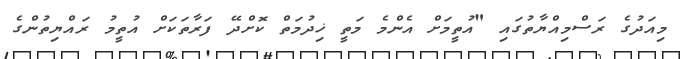
މިއަދުގެ ރަސްމިއްޔާތުގައި "އުތީމަށް އެންމެ މަތީ ޚިދުމަތް ކޮށްދޭ ފަރާތަކަށް އުތީމު ރައްޔިތުންގެ